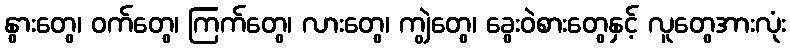
နွားတွေ၊ ဝက်တွေ၊ ကြက်တွေ၊ လားတွေ၊ ကျွဲတွေ၊ ခွေးဝဲစားတွေနှင့် လူတွေအားလုံး